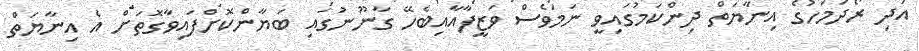
އަދި ރޯދަމަހުގެ އިނާޔަތް ދިންކަމުގައިވީ ނަމަވެސް ވަޒީފާއާއިބެހޭ ގާނޫނުގައި ބަޔާންކޮށްފައިވާގޮތަށް އެ އިނާޔަތް